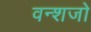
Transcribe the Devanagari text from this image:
वन्शजो